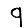
Digit: 9